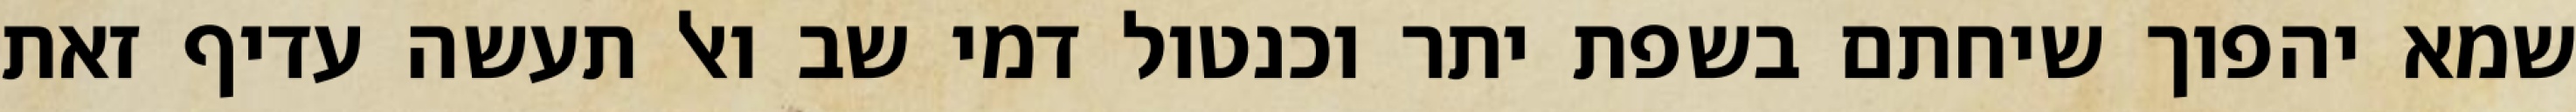
שמא יהפוך שיחתם בשפת יתר וכנטול דמי שב ואל תעשה עדיף זאת